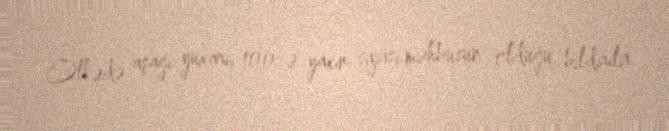
Ölkədə aşağı-yuxarı, 100-ə yaxın siyasi məhbusun olduğu bildirilir.